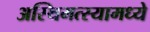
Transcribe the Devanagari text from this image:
अस्थिमत्स्यामध्ये